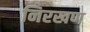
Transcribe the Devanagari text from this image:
निरखण